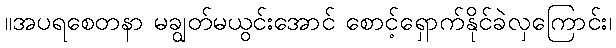
။အပရစေတနာ မချွတ်မယွင်းအောင် စောင့်ရှောက်နိုင်ခဲလှကြောင်း၊